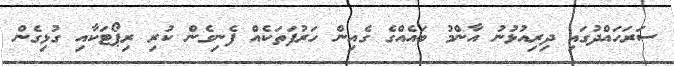
ސަރަހައްދުގައި ދިރިއުޅުނު އާންމު ބައެއްގެ ގެއިން ހަރުފަތަކެއް ފެނިގެން ކުރި ރިޕޯޓަކާއި ގުޅިގެން